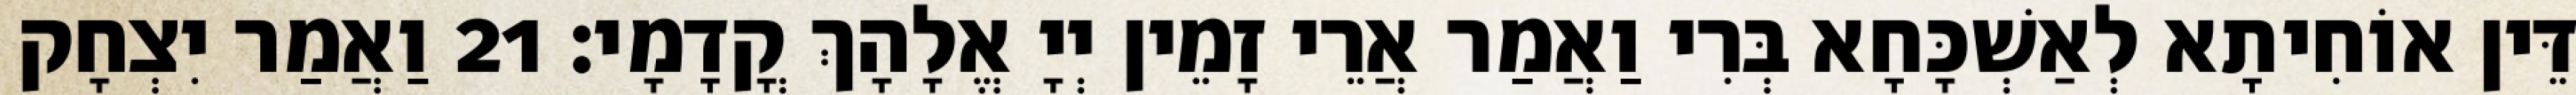
דֵּין אוֹחִיתָא לְאַשְׁכָּחָא בְּרִי וַאֲמַר אֲרֵי זָמֵין יְיָ אֱלָהָךְ קֳדָמָי׃ 21 וַאֲמַר יִצְחָק